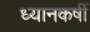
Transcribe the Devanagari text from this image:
ध्यानकर्षी